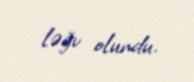
ləğv olundu.